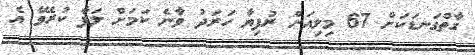
ގާތްގަނޑަކަށް 67 މިލިއަން ރުފިޔާ ހަރަދު ވާނެ ކަމަށް ލަފާ ކުރެވޭ އެ